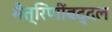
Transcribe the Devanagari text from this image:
मैत्रिणींबद्दल